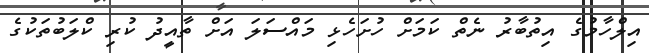
އިލްހާމުގެ އިތުބާރު ނެތް ކަމަށް ހުށަހެޅި މައްސަލަ އަށް ތާއީދު ކުރި ކްލަބުތަކުގެ